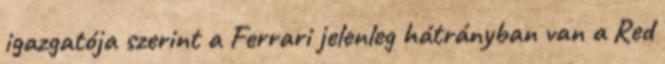
igazgatója szerint a Ferrari jelenleg hátrányban van a Red